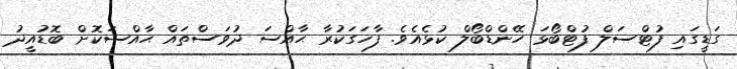
ގަޑީގައި ފުޓްސަލް ފުޓްބޯޅަ ހޭންޑްބޯލް ކުޅެއެވެ. ފާހަގަކުރާ ޙާއްސަ ދުވަސްތައް ޙާއްސަކޮށް ބޮޑުއީދު